Vaccination in the Punjab 1897-1904 - 1897-1904
Year: 1897
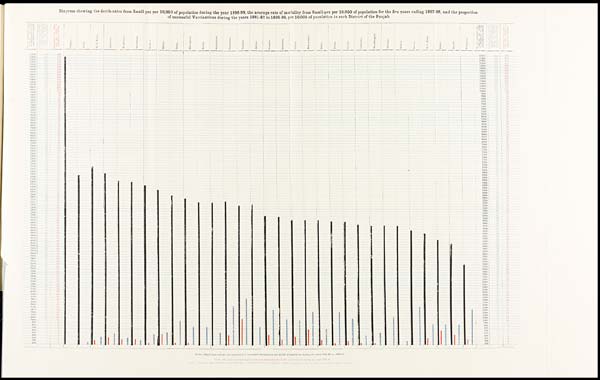
Diagram showing the death-rates from Small-pox per 10,000 of population during the year 1898=99, the average rate of mortality from Small-pox per 10,000 of population for the five years ending 1897-98, and the proportion
of successful Vaccinations during the years 1881-82 to 1898-99, per 10,000 of population in each District of the Punjab.
NOTE.—Block lines indicate the proportion of successful vaccinations per 10,000 of population daring the years 1831-82 to 1808-00,
NOTE. -Red lines indicate death-rates from small-pox per 10,000 of population during the year 1898-99
NOTE.-The blue lines indicate the average rate of mortality from small-pox per 10,000 of population for the previous five years ending 1897-98.